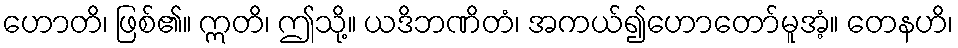
ဟောတိ၊ ဖြစ်၏။ ဣတိ၊ ဤသို့။ ယဒိဘဏိတံ၊ အကယ်၍ဟောတော်မူအံ့။ တေနဟိ၊